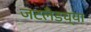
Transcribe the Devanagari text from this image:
जटलँडच्या